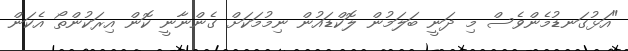
"އަޅުގަނޑުމެންވެސް މި ދަނީ ބަލަމުން ލޮކްޑައުން ނިމުމަކަށް ގެންނާނީ ކޮން އިރަކުންތޯ އެކަން